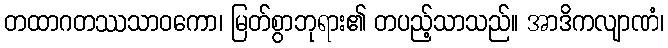
တထာဂတဿသာဝကော၊ မြတ်စွာဘုရား၏ တပည့်သာသည်။ အာဒိကလျာဏံ၊